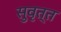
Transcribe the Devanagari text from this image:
सुवृत्त